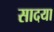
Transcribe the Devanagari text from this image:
सादया